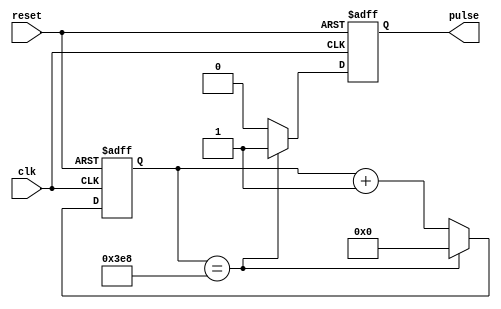
module Timing_Control_Block (
    input wire clk,
    input wire reset,
    output reg pulse
);

parameter COUNTER_WIDTH = 16;
parameter PERIOD = 1000; // Predefined value to count up to

reg [COUNTER_WIDTH-1:0] counter;

always @(posedge clk or posedge reset) begin
    if (reset) begin
        counter <= 0;
        pulse <= 0;
    end else begin
        if (counter == PERIOD) begin
            counter <= 0;
            pulse <= 1;
        end else begin
            counter <= counter + 1;
            pulse <= 0;
        end
    end
end

endmodule